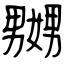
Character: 嬲